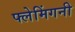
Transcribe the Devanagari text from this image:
फ्लेमिंगनी